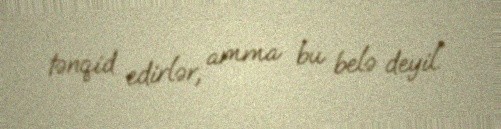
tənqid edirlər, amma bu belə deyil.